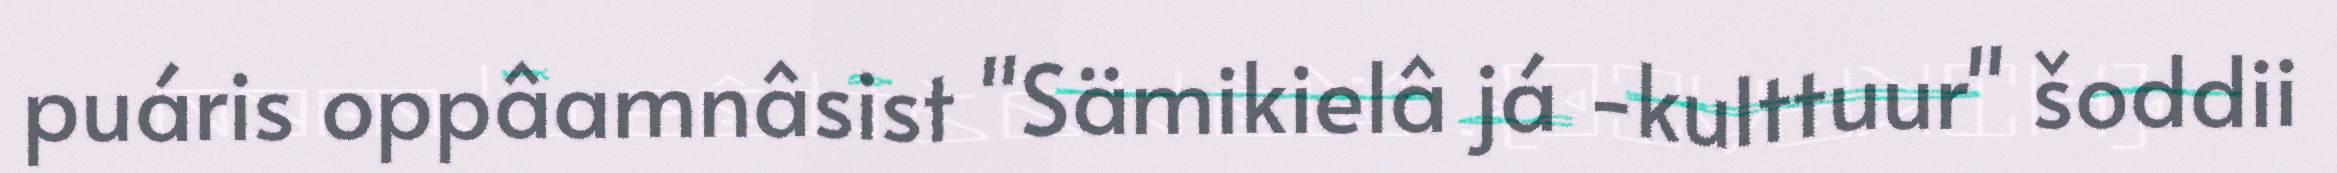
puáris oppâamnâsist "Sämikielâ já -kulttuur" šoddii